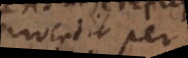
procedit per